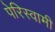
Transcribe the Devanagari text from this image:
पेरिस्वामी